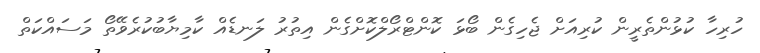
ހުރިހާ ކުޅުންތެރީން ކުރިއަށް ޖެހިގެން ބޯޅަ ކޮންޓްރޯލްކޮށްގެން އިތުރު ލަނޑެއް ކާމިޔާބުކުރެވޭތޯ މަސައްކަތް